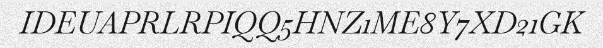
IDEUAPRLRPIQQ5HNZ1ME8Y7XD21GK